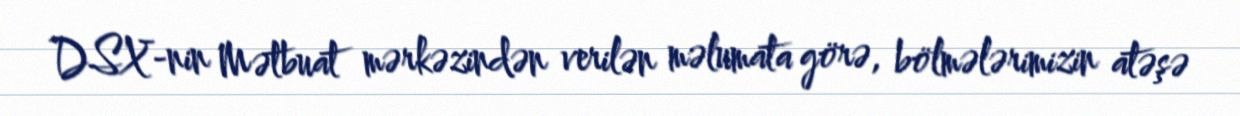
DSX-nin Mətbuat mərkəzindən verilən məlumata görə, bölmələrimizin atəşə